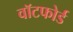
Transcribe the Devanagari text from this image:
वॉटफोर्ड